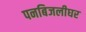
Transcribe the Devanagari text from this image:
पनबिजलीघर